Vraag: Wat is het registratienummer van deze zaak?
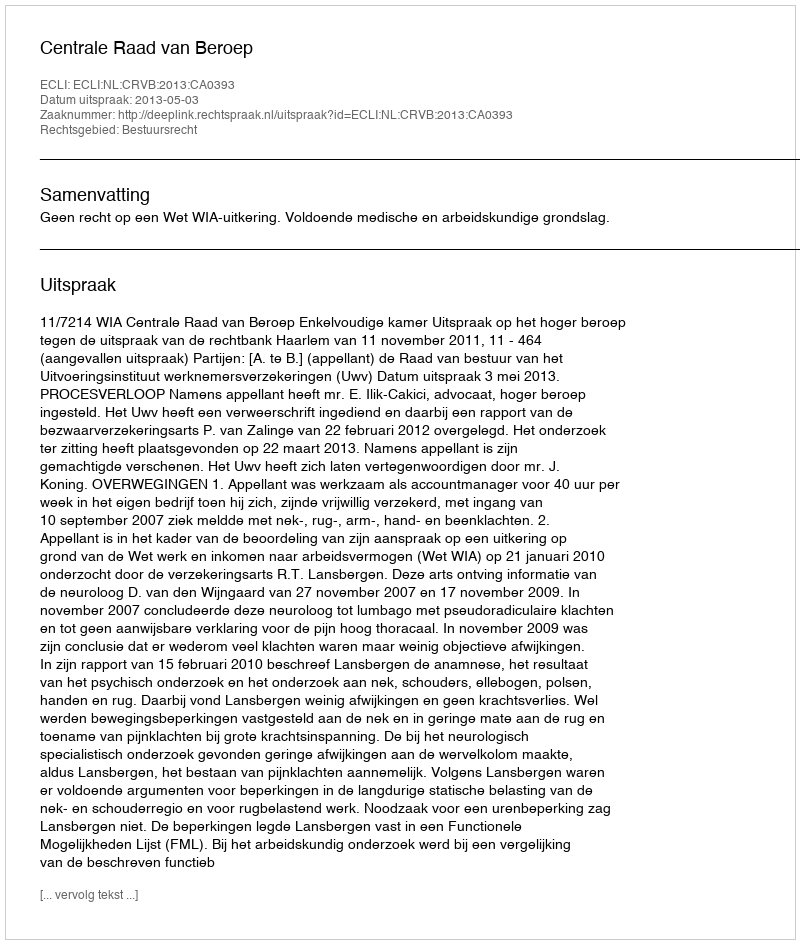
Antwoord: http://deeplink.rechtspraak.nl/uitspraak?id=ECLI:NL:CRVB:2013:CA0393